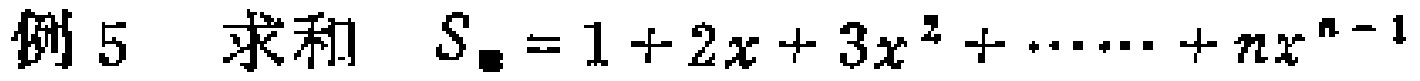
例5 求和 \(S_{n}=1 + 2x + 3x^{2}+\cdots+nx^{n - 1}\)